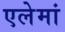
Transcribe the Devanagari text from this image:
एलेमां